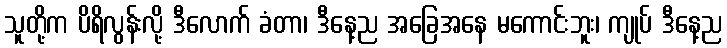
သူတို့က ပိရိလွန်းလို့ ဒီလောက် ခံတာ၊ ဒီနေ့ည အခြေအနေ မကောင်းဘူး၊ ကျုပ် ဒီနေ့ည